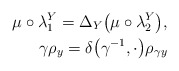
\begin{align*}\mu\circ\lambda_1^Y=\Delta_Y \big(\mu\circ\lambda_2^Y\big),\\\gamma \rho_y=\delta \big(\gamma^{-1},\cdot\big)\rho_{\gamma y}\end{align*}